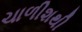
ચાળીશથી